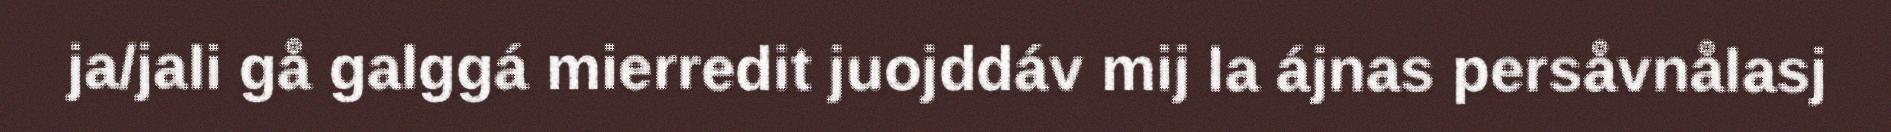
ja/jali gå galggá mierredit juojddáv mij la ájnas persåvnålasj